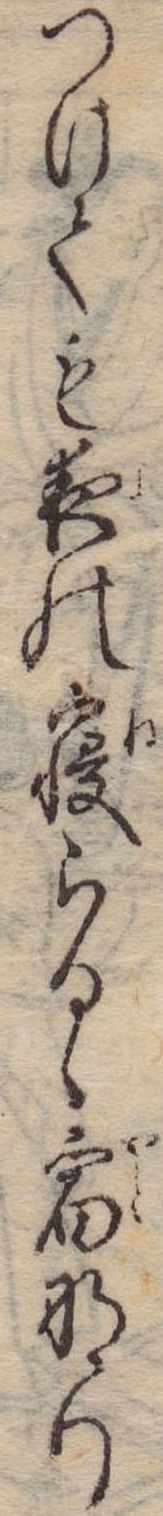
つけても夜の寝らるゝ宿なり